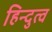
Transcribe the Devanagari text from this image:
हिन्‍दुत्‍व